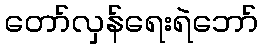
တော်လှန်ရေးရဲဘော်